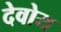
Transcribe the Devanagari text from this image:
देवोय